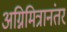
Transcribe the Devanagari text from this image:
अग्निमित्रानंतर